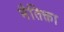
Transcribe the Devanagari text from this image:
नैतिक्ता